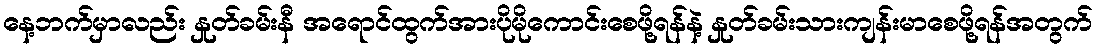
နေ့ဘက်မှာလည်း နှုတ်ခမ်းနီ အရောင်ထွက်အားပိုမိုကောင်းစေဖို့ရန်နဲ့ နှုတ်ခမ်းသားကျန်းမာစေဖို့ရန်အတွက်